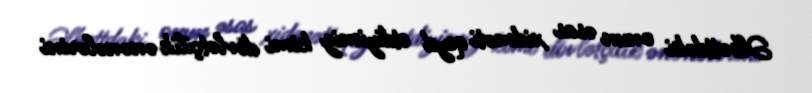
Əlbəttdəki onun əsas xidməti qeyd etdiyimiz kimi dövlətçilik ənənələrini